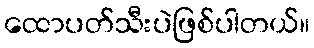
ထောပတ်သီးပဲဖြစ်ပါတယ်။